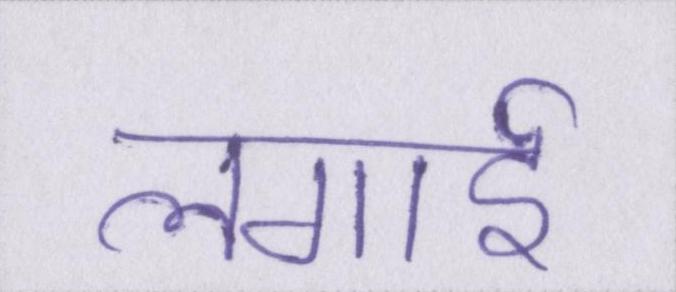
लगाई